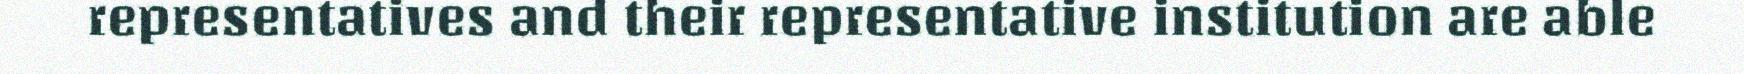
representatives and their representative institution are able